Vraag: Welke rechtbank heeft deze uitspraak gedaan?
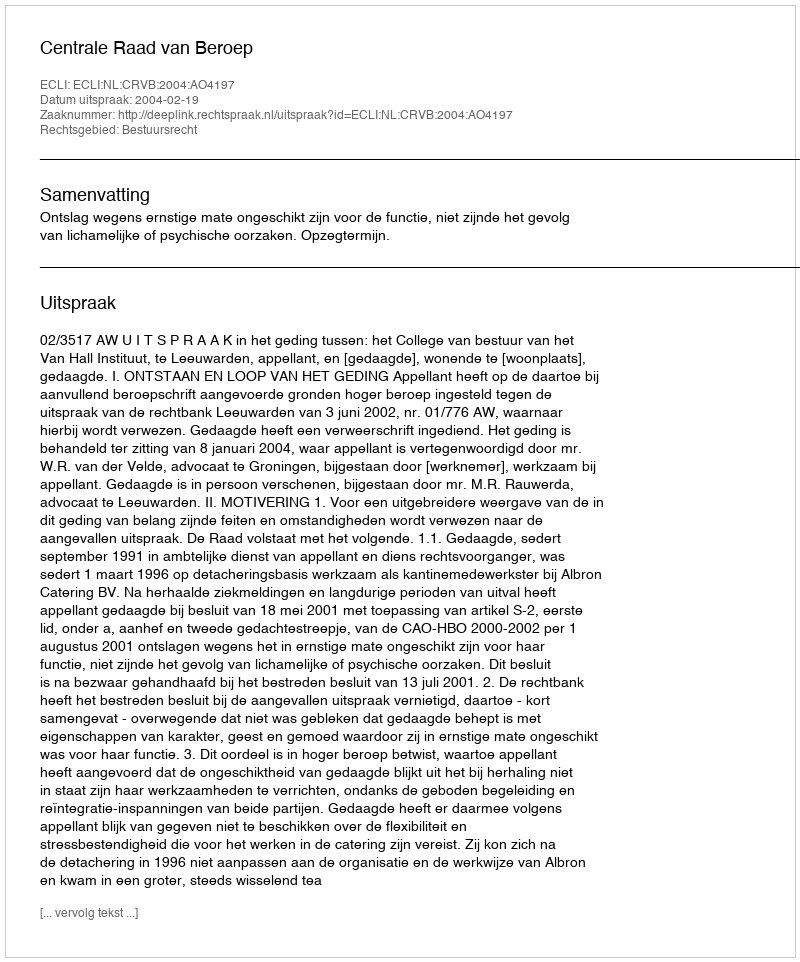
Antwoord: Centrale Raad van Beroep